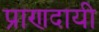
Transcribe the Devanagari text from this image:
प्राणदायी